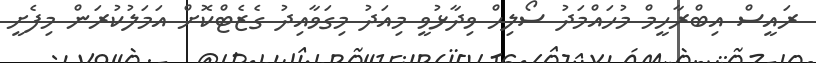
ރައީސް އިބްރާހީމް މުހައްމަދު ސޯލިހް ވިދާޅުވީ މިއަދު މިގަވާއިދު ގެޒެޓްކޮށް އަމަލުކުރަން މިފެށީ